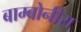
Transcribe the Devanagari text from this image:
बाम्बोनीरा